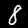
Label: 8